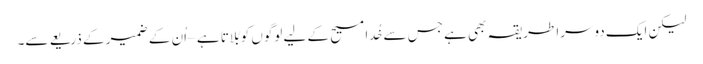
لیکن ایک دوسرا طریقہ بھی ہے جس سے خُدا مسیح کے لیے لوگوں کو بُلاتا ہے – اُن کے ضمیر کے ذریعے سے۔